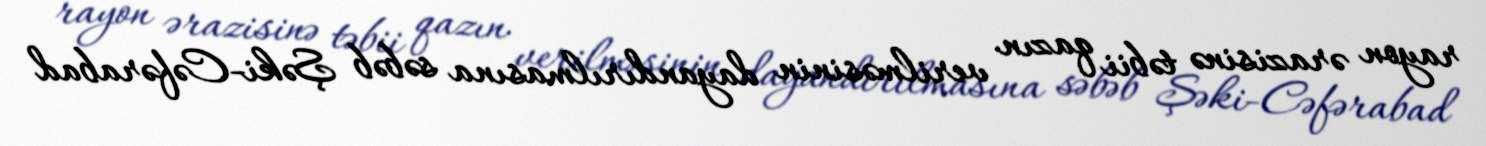
rayon ərazisinə təbii qazın verilməsinin dayandırılmasına səbəb Şəki-Cəfərabad